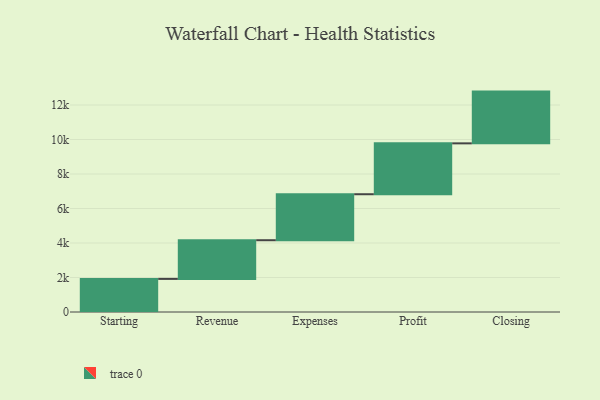
{"axis": {"x": "Step", "y": "Value"}, "legend": [""], "data": [{"x": "Starting", "y": 1919.0, "type": ""}, {"x": "Revenue", "y": 2242.0, "type": ""}, {"x": "Expenses", "y": 2666.0, "type": ""}, {"x": "Profit", "y": 2949.0, "type": ""}, {"x": "Closing", "y": 3000, "type": ""}]}